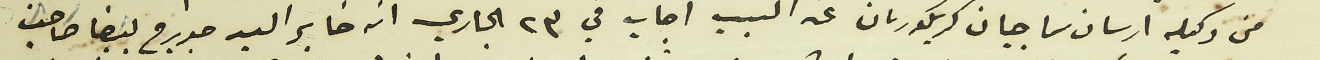
من وكيله ارسان ساجيان كريكوريان عن السبب اجاب في ٢٣ الجاري انه خابر السيد جورج بيضا صاحب